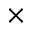
\times